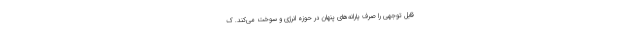
قابل توجهی را صرف یارانه‌های پنهان در حوزه انرژی و سوخت می‌کند. ک